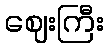
ဈေးကြီး